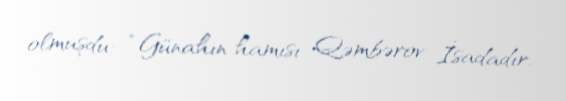
olmuşdu: “Günahın hamısı Qəmbərov İsadadır.